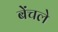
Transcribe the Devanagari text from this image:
बेंचले